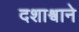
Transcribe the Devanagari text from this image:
दशाश्वाने